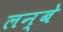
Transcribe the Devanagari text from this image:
लन्बे